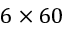
6 \times 6 0